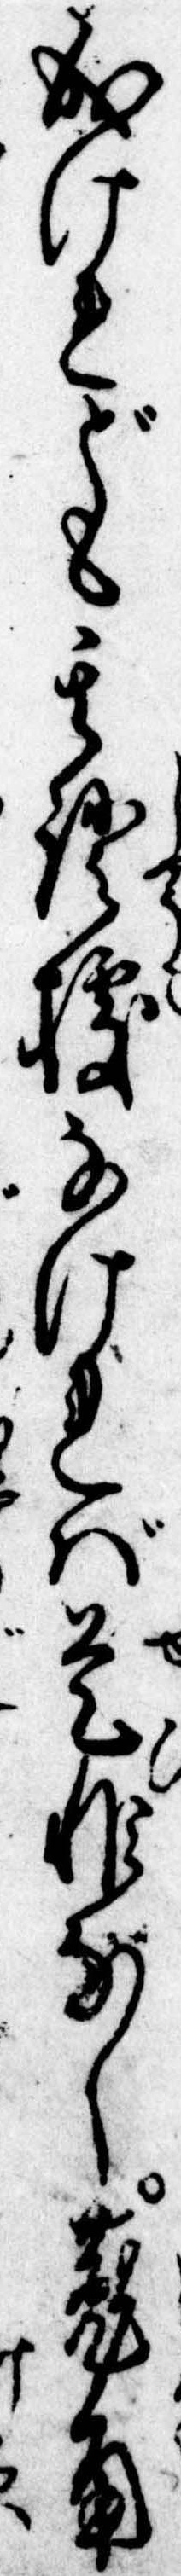
成けれども其証拠なければ是非なし菟角